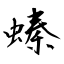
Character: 螓